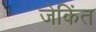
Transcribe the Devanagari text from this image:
जेकिंत